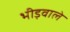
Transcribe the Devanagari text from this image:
भीड़वाले